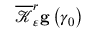
\overline { { \mathcal { K } } } _ { \varepsilon } ^ { r } \mathbf { g } \left( \gamma _ { 0 } \right)